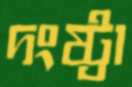
দংষ্ট্রা